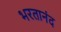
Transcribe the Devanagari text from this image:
भरतानंद